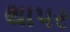
થાપર